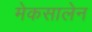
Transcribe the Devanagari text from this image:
मेकसालेन